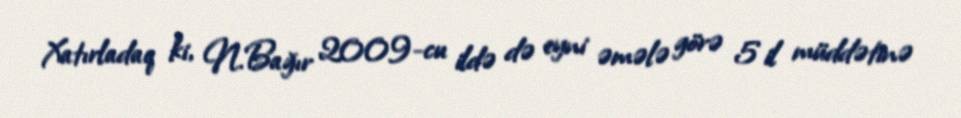
Xatırladaq ki, N.Bağır 2009-cu ildə də eyni əmələ görə 5 il müddətinə